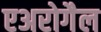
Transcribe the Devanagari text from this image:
एअरोगैल